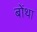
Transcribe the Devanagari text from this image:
बोंथा